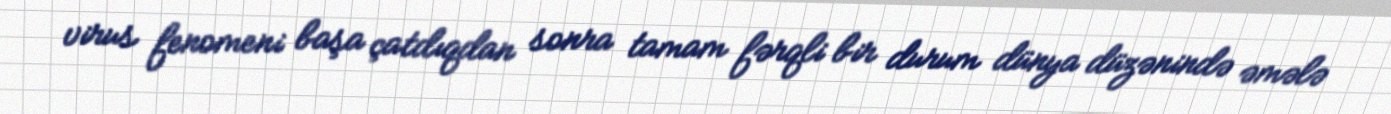
virus fenomeni başa çatdıqdan sonra tamam fərqli bir durum dünya düzənində əmələ